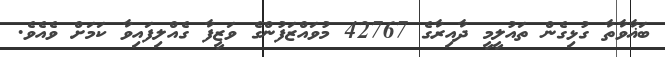
ބަޣާވާތާ ގުޅިގެން ތައުލީމީ ދާއިރާގެ 42767 މުވައްޒަފުންގެ ވަޒީފާ ގެއްލިފައިވާ ކަމަށް ވެއެވެ.